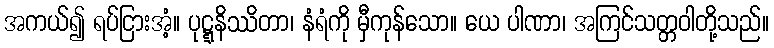
အကယ်၍ ရပ်ငြားအံ့။ ပုဋ္ဋနိဿိတာ၊ နံရံကို မှီကုန်သော။ ယေ ပါဏာ၊ အကြင်သတ္တဝါတို့သည်။